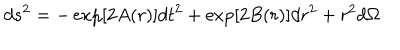
LaTeX: d s ^ { 2 } = - \exp [ 2 A ( r ) ] d t ^ { 2 } + \exp [ 2 B ( r ) ] d r ^ { 2 } + r ^ { 2 } d \Omega